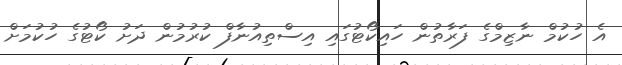
އެ ހުކުމް ނާޒިމްގެ ފަރާތުން ހައިކޯޓުގައި އިސްތިއުނާފް ކުރުމުން ދަށު ކޯޓުގެ ހުކުމަށް